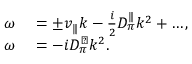
\begin{array} { r l } { \omega } & { { } = \pm v _ { \| } k - \frac { i } { 2 } D _ { \pi } ^ { \| } k ^ { 2 } + \ldots , } \\ { \omega } & { { } = - i D _ { \pi } ^ { \perp } k ^ { 2 } . } \end{array}